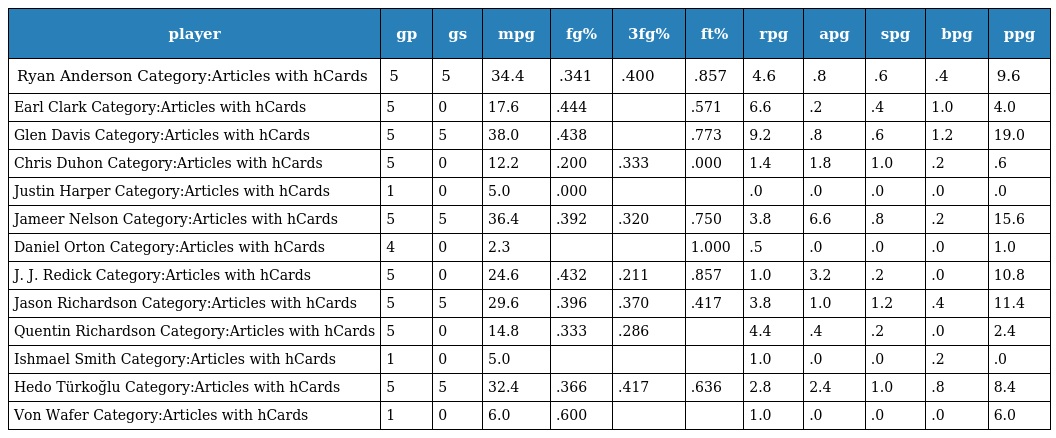
| player | gp | gs | mpg | fg% | 3fg% | ft% | rpg | apg | spg | bpg | ppg |
 | --- | --- | --- | --- | --- | --- | --- | --- | --- | --- | --- | --- |
 | Ryan Anderson Category:Articles with hCards | 5 | 5 | 34.4 | .341 | .400 | .857 | 4.6 | .8 | .6 | .4 | 9.6 |
 | Earl Clark Category:Articles with hCards | 5 | 0 | 17.6 | .444 |  | .571 | 6.6 | .2 | .4 | 1.0 | 4.0 |
 | Glen Davis Category:Articles with hCards | 5 | 5 | 38.0 | .438 |  | .773 | 9.2 | .8 | .6 | 1.2 | 19.0 |
 | Chris Duhon Category:Articles with hCards | 5 | 0 | 12.2 | .200 | .333 | .000 | 1.4 | 1.8 | 1.0 | .2 | .6 |
 | Justin Harper Category:Articles with hCards | 1 | 0 | 5.0 | .000 |  |  | .0 | .0 | .0 | .0 | .0 |
 | Jameer Nelson Category:Articles with hCards | 5 | 5 | 36.4 | .392 | .320 | .750 | 3.8 | 6.6 | .8 | .2 | 15.6 |
 | Daniel Orton Category:Articles with hCards | 4 | 0 | 2.3 |  |  | 1.000 | .5 | .0 | .0 | .0 | 1.0 |
 | J. J. Redick Category:Articles with hCards | 5 | 0 | 24.6 | .432 | .211 | .857 | 1.0 | 3.2 | .2 | .0 | 10.8 |
 | Jason Richardson Category:Articles with hCards | 5 | 5 | 29.6 | .396 | .370 | .417 | 3.8 | 1.0 | 1.2 | .4 | 11.4 |
 | Quentin Richardson Category:Articles with hCards | 5 | 0 | 14.8 | .333 | .286 |  | 4.4 | .4 | .2 | .0 | 2.4 |
 | Ishmael Smith Category:Articles with hCards | 1 | 0 | 5.0 |  |  |  | 1.0 | .0 | .0 | .2 | .0 |
 | Hedo Türkoğlu Category:Articles with hCards | 5 | 5 | 32.4 | .366 | .417 | .636 | 2.8 | 2.4 | 1.0 | .8 | 8.4 |
 | Von Wafer Category:Articles with hCards | 1 | 0 | 6.0 | .600 |  |  | 1.0 | .0 | .0 | .0 | 6.0 |